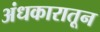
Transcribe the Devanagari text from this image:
अंधकारातून